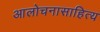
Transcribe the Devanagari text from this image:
आलोचनासाहित्य